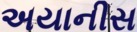
અયાનીસ